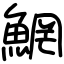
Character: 䱩